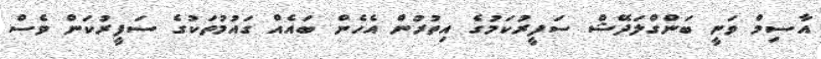
އާސިމް ވަނީ ބަންގްލަދޭޝް ސަފީރުކަމުގެ އިތުރުން އެހެން ބައެއް ގައުމުތަކުގެ ސަފީރުކަން ވެސް